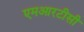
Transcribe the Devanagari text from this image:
एमआरटीसी